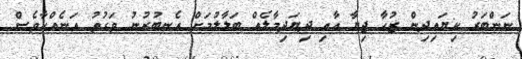
ނަންބަރު ކިޔައިދިން ޒުހާ ޖިޔާ އާއި ދިޔަދިމާލެއް ބަލާލުމަށް އެނބުރުނު ވަގުތު އަނެއްކާވެސް